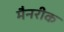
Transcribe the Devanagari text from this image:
मैनरीक